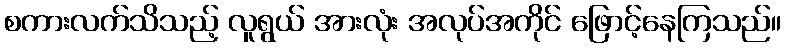
စကားလက်သိသည့် လူရွယ် အားလုံး အလုပ်အကိုင် ဖြောင့်နေကြသည်။